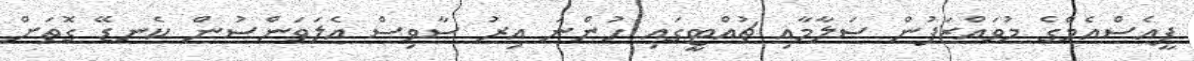
ޕީއެސްއެމްގެ މުވައްޒަފުން ސަލާމާއި ޗުއްޓީގައި ހުންނަ އިރު ސާވިސް އެލަވަންސުން ކެނޑޭ ގޮތަށް